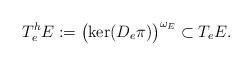
LaTeX: \begin{align*} T_e^hE := \bigl( \ker(D_e \pi) \bigr)^{\omega_{E}} \subset T_e E .\end{align*}